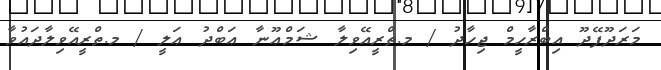
މަރަދޫފޭދޫ އިބްރާހީމް ޖިހާދު / މ.ތްރީއޭވިލާ ޝަމްޢޫނާ ޢަބްދު ޢަލީ / މ.ތްރީއޭވިލާދައުވާ